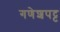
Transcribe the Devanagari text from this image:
गणेशपट्ट